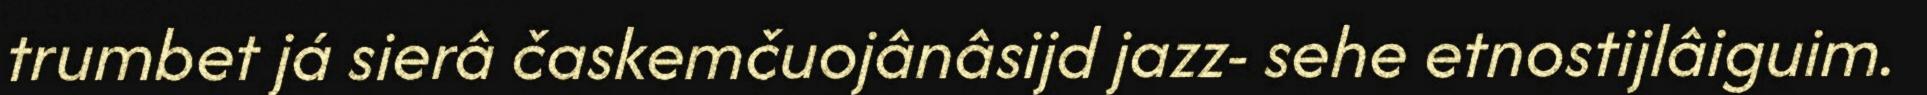
trumbet já sierâ časkemčuojânâsijd jazz- sehe etnostijlâiguim.